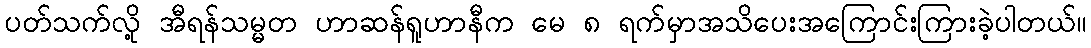
ပတ်သက်လို့ အီရန်သမ္မတ ဟာဆန်ရူဟာနီက မေ ၈ ရက်မှာအသိပေးအကြောင်းကြားခဲ့ပါတယ်။